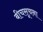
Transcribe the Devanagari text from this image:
बीचसूचना